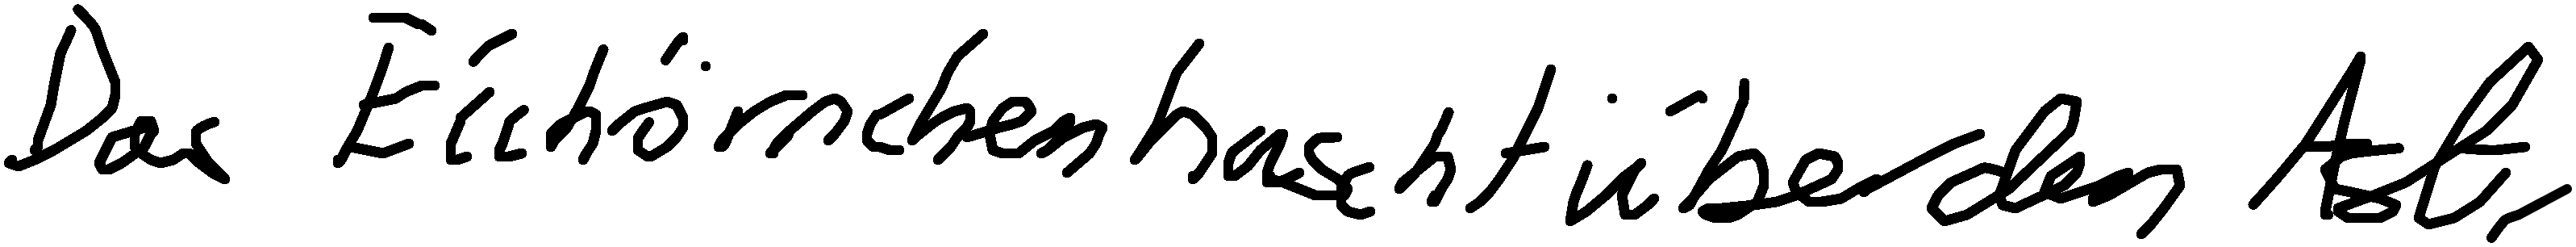
Das Eichhörnchen huscht über den Ast.